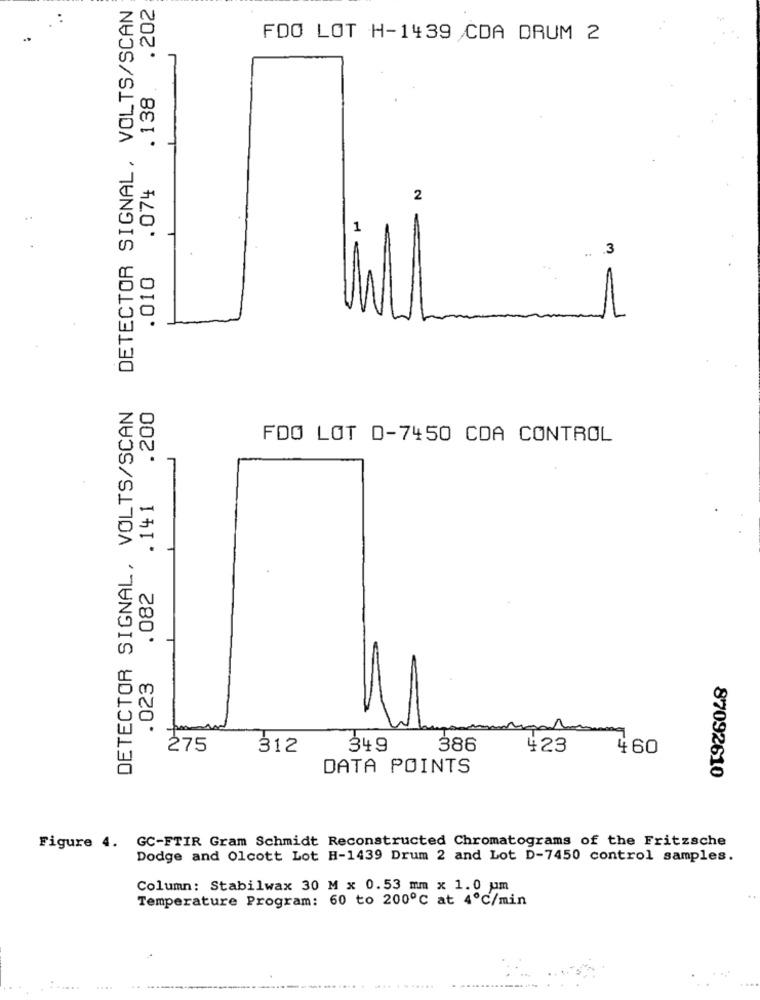
DETECTOR SIGNAL, VOLTS/SCAN
.202
FDO LOT H-1439 CDA DRUM 2
. 138
.074
2
.3
.010
DETECTOR SIGNAL, VOLTS/SCAN
.200
FDO LOT D-7450 CDA CONTROL
. 141
.082
. 023
275
312
349
386
423
460
DATA POINTS
87092610
GC-FTIR Gram Schmidt Reconstructed Chromatograms of the Fritzsche
Figure 4.
Dodge and Olcott Lot H-1439 Drum 2 and Lot D-7450 control samples.
Column: Stabilwax 30 M x 0.53 mm x 1.0 um
Temperature Program: 60 to 200℃ at 4℃/min